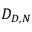
D _ { D , N }